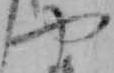
や